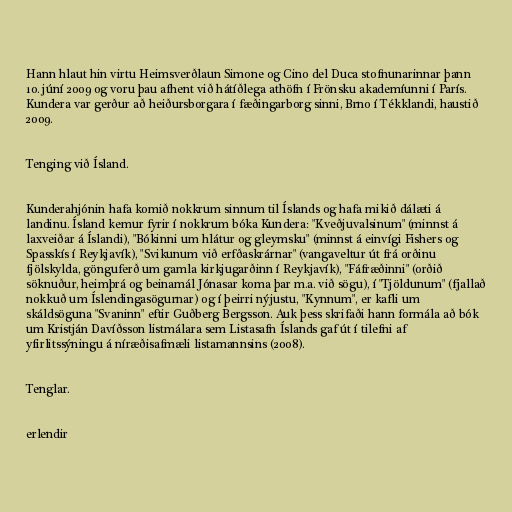
Hann hlaut hin virtu Heimsverðlaun Simone og Cino del Duca stofnunarinnar þann
10. júní 2009 og voru þau afhent við hátíðlega athöfn í Frönsku akademíunni í París.
Kundera var gerður að heiðursborgara í fæðingarborg sinni, Brno í Tékklandi, haustið
2009.

Tenging við Ísland.

Kunderahjónin hafa komið nokkrum sinnum til Íslands og hafa mikið dálæti á
landinu. Ísland kemur fyrir í nokkrum bóka Kundera: "Kveðjuvalsinum" (minnst á
laxveiðar á Íslandi), "Bókinni um hlátur og gleymsku" (minnst á einvígi Fishers og
Spasskís í Reykjavík), "Svikunum við erfðaskrárnar" (vangaveltur út frá orðinu
fjölskylda, gönguferð um gamla kirkjugarðinn í Reykjavík), "Fáfræðinni" (orðið
söknuður, heimþrá og beinamál Jónasar koma þar m.a. við sögu), í "Tjöldunum" (fjallað
nokkuð um Íslendingasögurnar) og í þeirri nýjustu, "Kynnum", er kafli um
skáldsöguna "Svaninn" eftir Guðberg Bergsson. Auk þess skrifaði hann formála að bók
um Kristján Davíðsson listmálara sem Listasafn Íslands gaf út í tilefni af
yfirlitssýningu á níræðisafmæli listamannsins (2008).

Tenglar.

erlendir